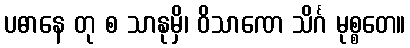
ပဓာနေ တု စ သာနုမှိ၊ ဝိသာဏေ သိင်္ဂ မုစ္စတေ။